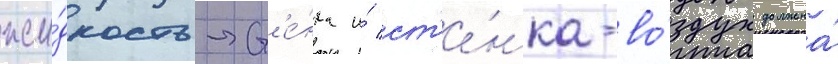
жи́дкость-ст'е́нка и́ ст'е́нка-во́здух должна́